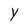
Character: Y